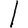
Digit: 1